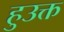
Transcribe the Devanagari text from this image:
हुउक्त